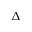
\Delta